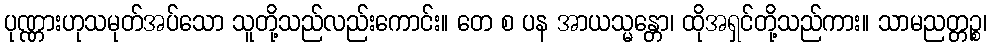
ပုဏ္ဏားဟုသမုတ်အပ်သော သူတို့သည်လည်းကောင်း။ တေ စ ပန အာယသ္မန္တော၊ ထိုအရှင်တို့သည်ကား။ သာမညတ္တဉ္စ၊